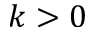
k > 0